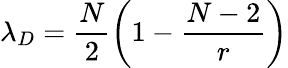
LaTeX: \lambda_{D}=\frac{N}{2}\left(1-\frac{N-2}{r}\right)